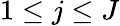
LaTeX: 1\leq j\leq J